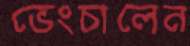
ভেংচালেন